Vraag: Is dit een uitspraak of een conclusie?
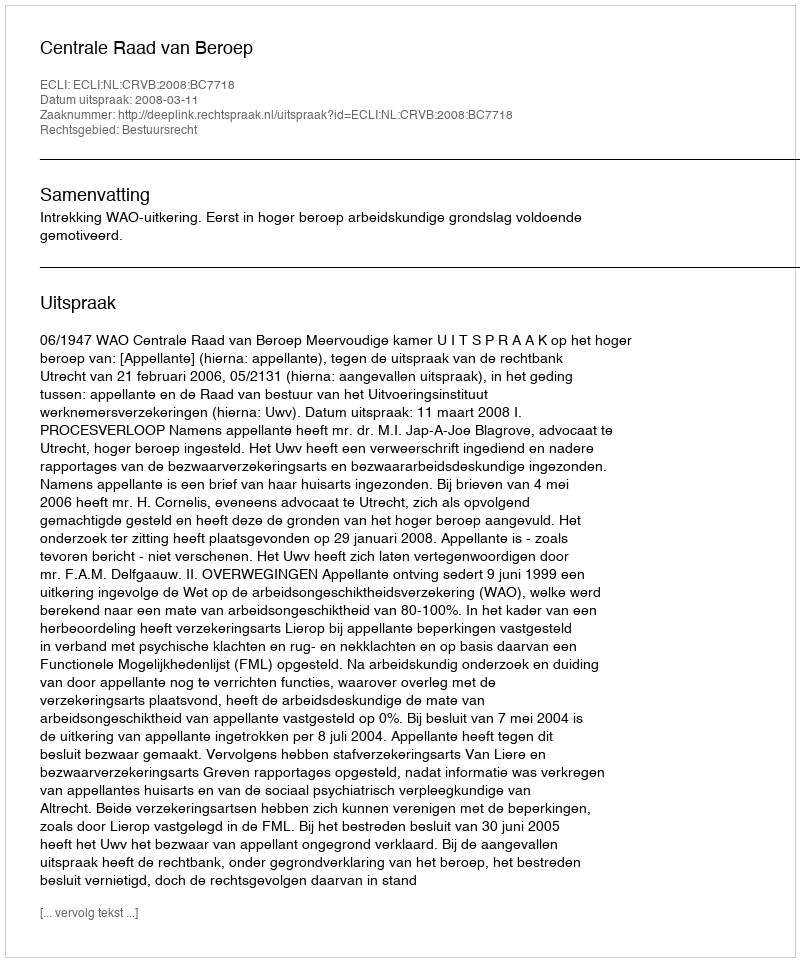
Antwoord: Uitspraak